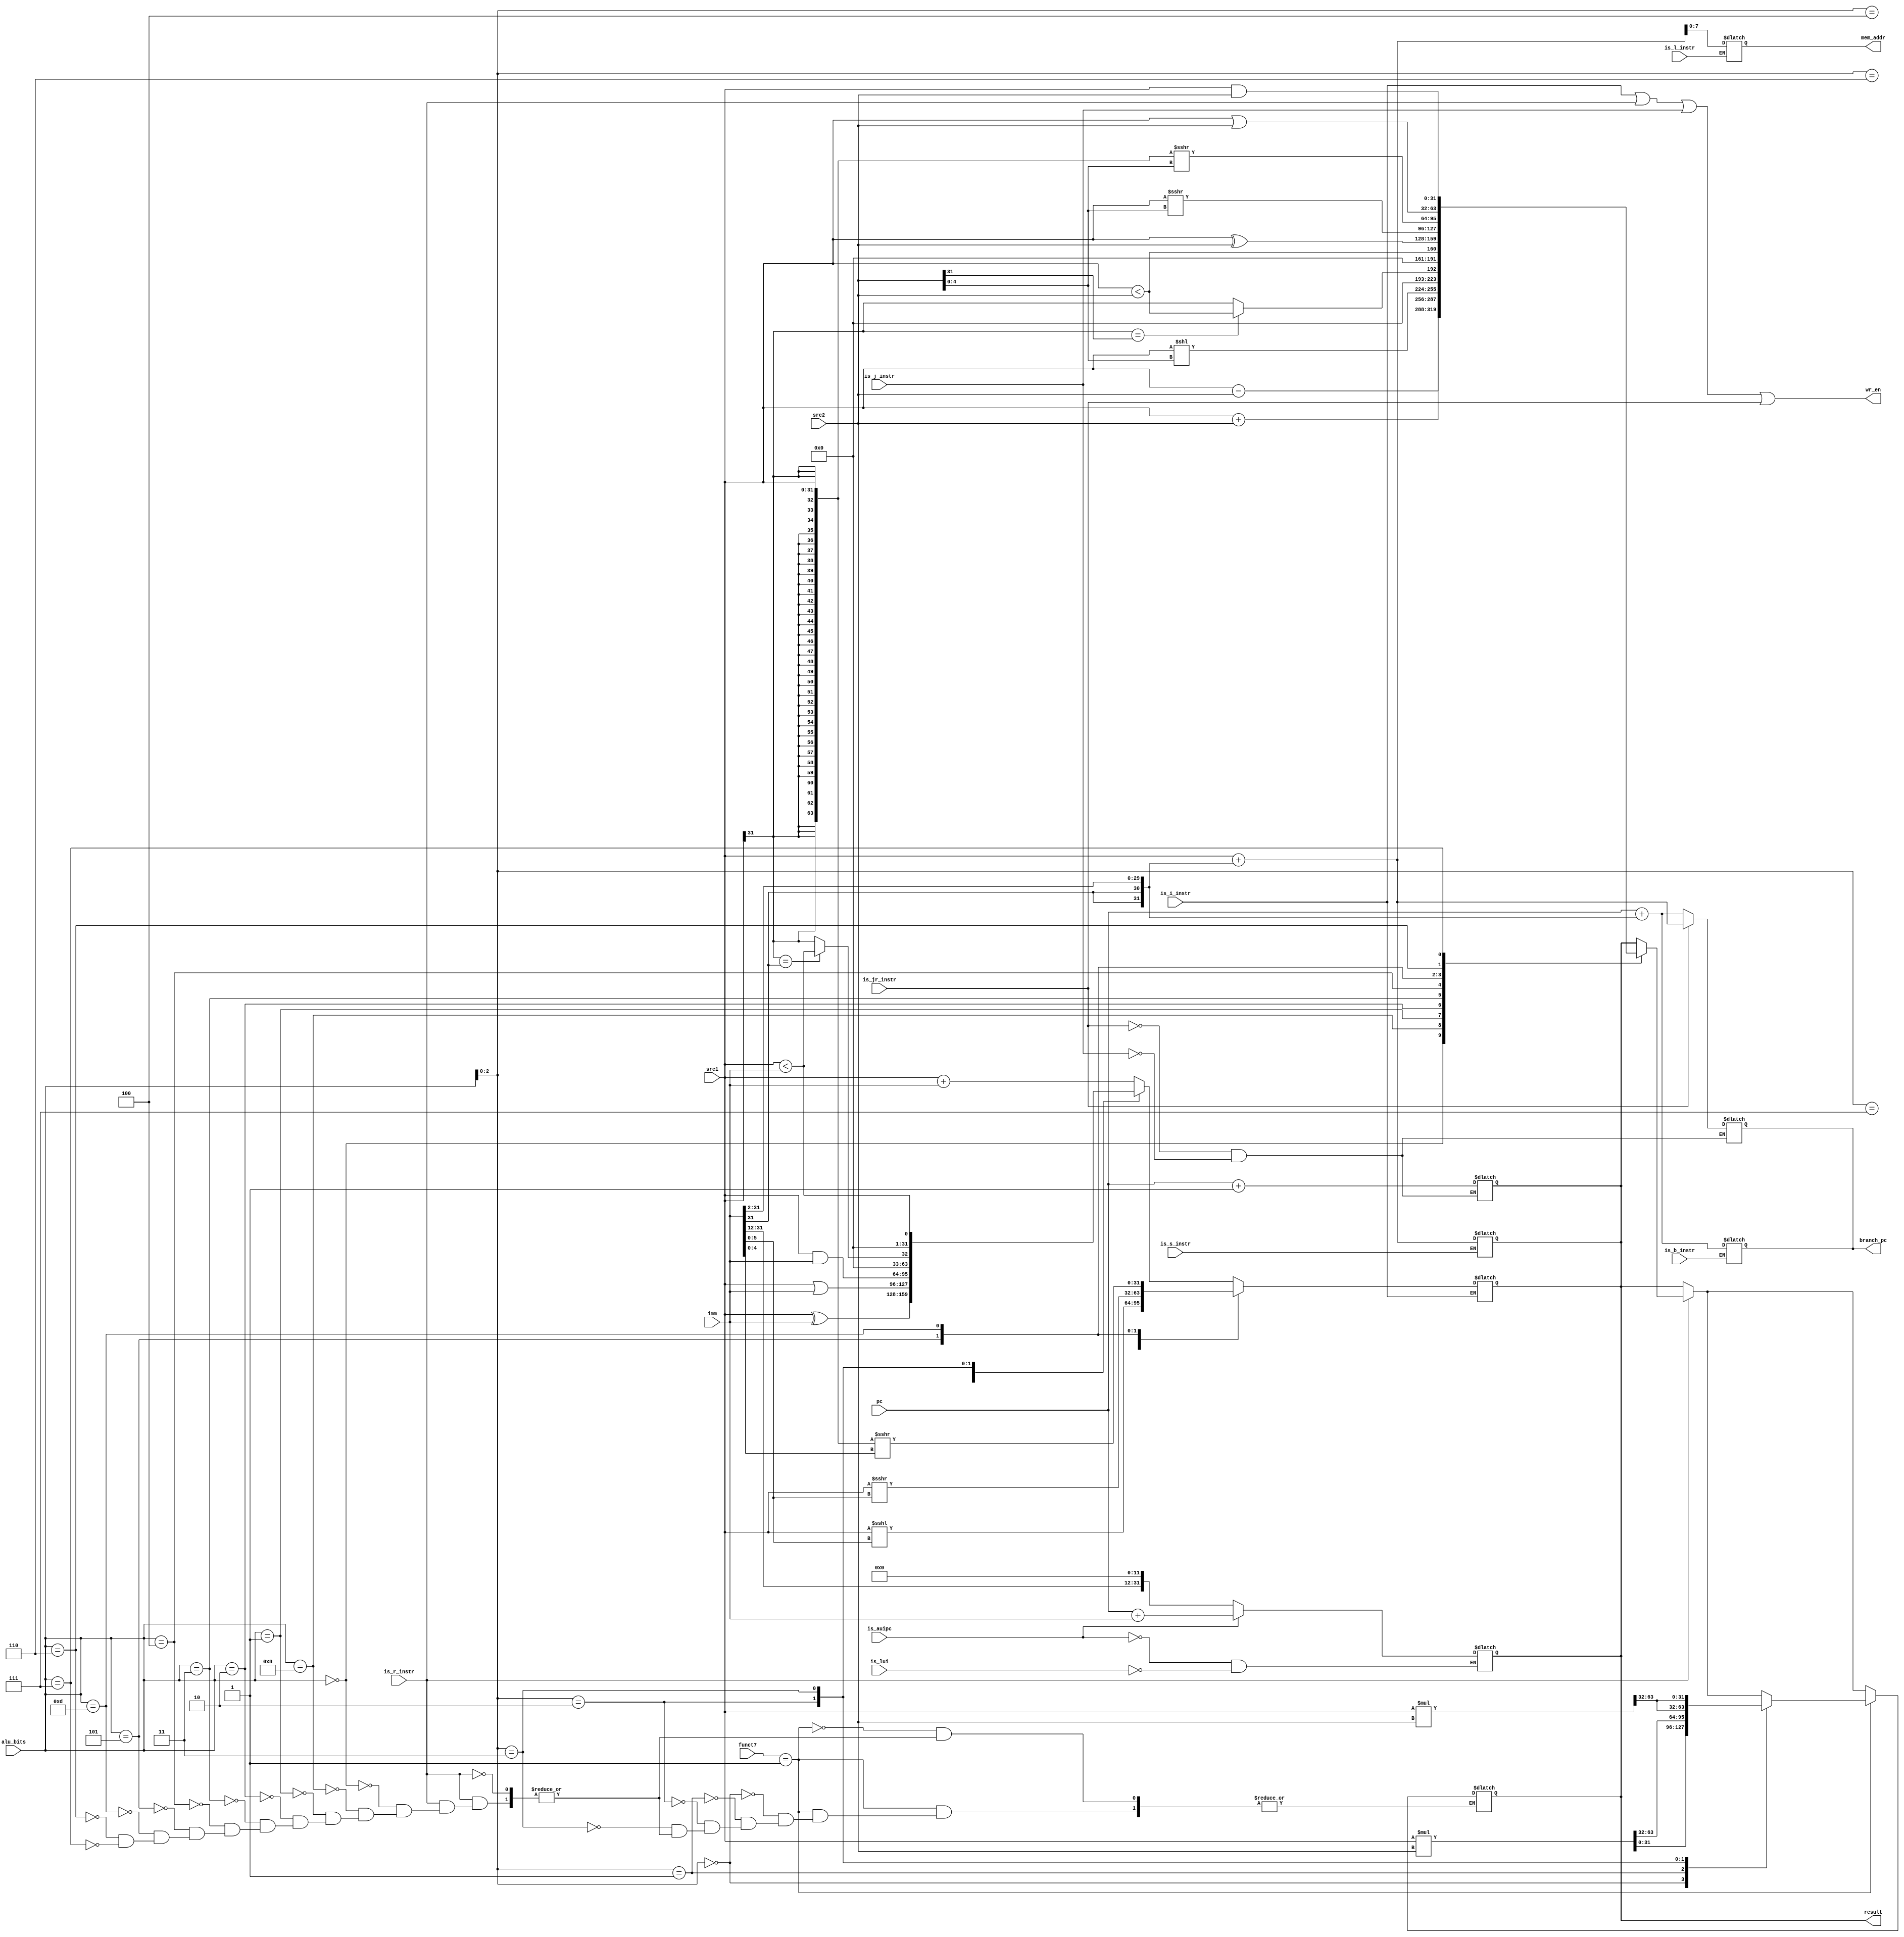
module alu(
input [31:0] pc,
input [31:0] src1,
input [31:0] src2,
input [31:0] imm,
input is_i_instr,
input is_j_instr,
input is_jr_instr,
input is_r_instr,
input is_b_instr,
input is_s_instr,
input is_l_instr,
input is_lui,
input is_auipc,
input [3:0]alu_bits,
input [6:0] funct7,
output wr_en,
output reg [31:0] branch_pc,
output reg [7:0] mem_addr,
output reg [31:0] result
);



wire [31:0]sltu_result = {31'b0, src1 < src2};
wire [31:0]sltiu_result = {31'b0, src1 < imm};

wire [63:0] sext_src1 = {{32{src1[31]}}, src1};
wire [63:0] sra_result = sext_src1 >>> src2[4:0];
wire [63:0] srai_result = sext_src1 >>> imm[4:0];

wire [63:0] muls_result = $signed(src1) * $signed(src2);
wire [63:0] mulu_result = $signed(src1) * src2;
wire [63:0] muluu_result = src1 * src2;


always @(*) 		// Signed Immediate Instruction
begin
if (is_i_instr)	begin
case (alu_bits[2:0])				// For the instructions that needs 3 ALU bits
	3'b000 : begin				// ADDI
		result = $signed(src1)+$signed(imm);
	end
	3'b100 : begin				// XORI
		result = src1 ^ imm;
	end
	3'b110 : begin				// ORI
		result = src1 | imm;
	end
	3'b111 : begin				// ANDI
		result = src1 & imm;
	end
	3'b010	: begin				// SLTI
		result = (src1[31] == imm[31]) ? sltiu_result : {31'b0, src1[31]};
	end
	3'b011 : begin				// SLTIU
		result = sltiu_result;
	end
	default
		result = 32'bx;
endcase

case (alu_bits)
	4'b0001: begin				// SLLI
		result = src1 <<< imm[5:0];
	end
	4'b0101: begin				// SRLI
		result = src1 >>> imm[5:0];
	end
	4'b1101: begin				// SRAI
		result = srai_result[31:0];
	end
endcase

end
end

always @(*) 		// Signed Register Instruction
begin
if (is_r_instr)	
begin
case (alu_bits)
	4'b0000: begin 					// ADD
	result = $signed(src1)+$signed(src2);
	end
	4'b1000: begin 					// SUB
	result = $signed(src1) - $signed(src2);
	end
	4'b0001: begin 					// SLL
	result = src1 << src2[4:0];
	end
	4'b0010: begin 					// SLT
	result = (src1[31] == src2[31]) ? sltu_result : {31'b0, src1[31]};
	end
	4'b0011: begin 					// SLTU
	result = sltu_result;
	end
	4'b0100: begin 					// XOR
	result = src1 ^ src2;
	end
	4'b0101: begin 					// SRL
	result = src1 >>> src2[4:0];
	end
	4'b1101: begin 					// SRA
	result = sra_result[31:0];
	end
	4'b0110: begin 					// OR
	result = src1 | src2;
	end
	4'b0111: begin 					// AND
	result = src1 & src2;
	end
endcase
end
if(funct7 == 7'b1)
begin
case (alu_bits[2:0])				// For the instructions that needs 3 ALU bits
	3'b000 : begin				// MUL
	result = muls_result[31:0];
	end
	3'b001 : begin				// MULH
	result = muls_result[63:32];
	end
	3'b010 : begin				// MULHSU
	result = mulu_result[63:32];
	end
	3'b011 : begin				// MULHU
	result = muluu_result[63:32];
	end
endcase
end

end

always @(*) 		// Conditional Branch Instruction
begin	
if (is_b_instr)	begin
	branch_pc = pc + {{2{imm[31]}}, imm[31:2]};
	
end
end

always @(*) 		// Jump instruction Instruction
begin
if (is_j_instr)	begin
	result = pc + 1'b1;
	branch_pc = pc + {{2{imm[31]}}, imm[31:2]};
end
if(is_jr_instr) begin
	result = pc+1'b1;
	branch_pc = src1+{{2{imm[31]}}, imm[31:2]};
end
end

always @(*) 		// Store Instruction
begin
if(is_s_instr) begin
	result = src1+{{2{imm[31]}}, imm[31:2]};
end
end

always @(*) 		// Load Instruction
begin
if (is_l_instr)	begin
	mem_addr = src1+{{2{imm[31]}}, imm[31:2]};
end
end

always @(*)		// LUI or AUIPC
begin
if(is_lui) begin
	result = {imm[31:12], 12'b0};
end
if(is_auipc) begin
	result = pc + $signed(imm);
end

end



assign wr_en = is_i_instr || is_r_instr || is_j_instr || is_jr_instr;

endmodule